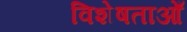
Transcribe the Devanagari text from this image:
विशेषताओँ